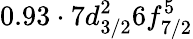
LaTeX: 0.93\cdot 7d_{3/2}^{2}6f_{7/2}^{5}